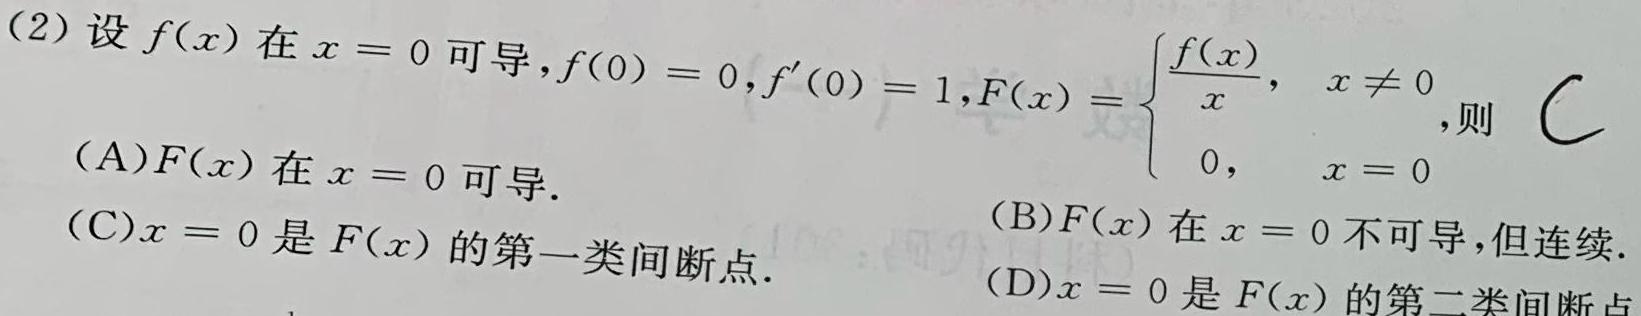
(2) 设$f(x)$在$x = 0$可导，$f(0)=0$，$f'(0)=1$，$F(x)=\begin{cases}\dfrac{f(x)}{x},&x\neq0\\0,&x = 0\end{cases}$，则
(A)$F(x)$在$x = 0$可导.
(B)$F(x)$在$x = 0$不可导，但连续.
(C)$x = 0$是$F(x)$的第一类间断点.
(D)$x = 0$是$F(x)$的第二类间断点.